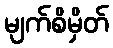
မျက်စိမှိတ်